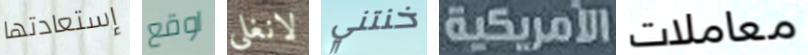
إستعادتها اوقع لانغلي خنتني الأمريكية معاملات